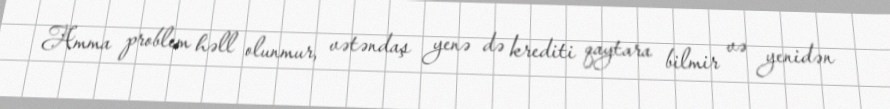
Amma problem həll olunmur, vətəndaş yenə də krediti qaytara bilmir və yenidən